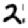
Digit: 2